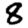
Digit: 8